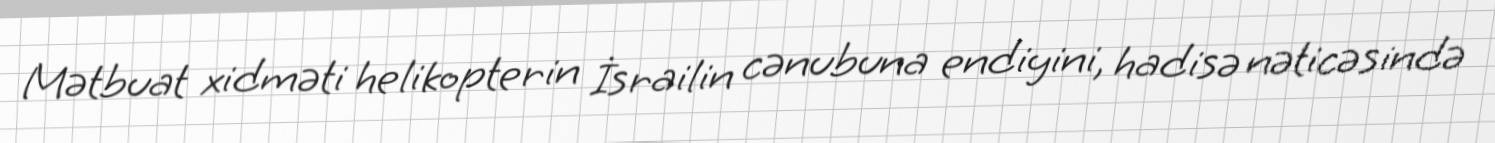
Mətbuat xidməti helikopterin İsrailin cənubuna endiyini, hadisə nəticəsində